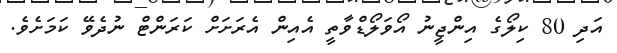
އަދި 80 ކިލޯގެ އިންޖީނު އޯވަލޯޑްވާތީ އެއިން އެރަށަށް ކަރަންޓް ނުދެވޭ ކަމަށެވެ.